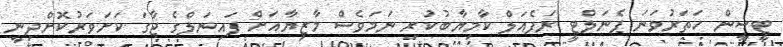
ޓީސީން ހަތަރުވަނަ ޕެނަލްޓީ ރަފެއަލް ކާމިޔާބުކުރި ނަމަވެސް މާޒިޔާއަށް ފައިނަލްގެ ޖާގަ ކަށަވަރުކޮށްދިނީ